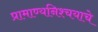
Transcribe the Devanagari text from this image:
प्रामाण्यनिश्चयाचे